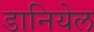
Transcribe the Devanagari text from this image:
डानियेल